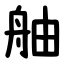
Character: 舳